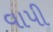
વાપી